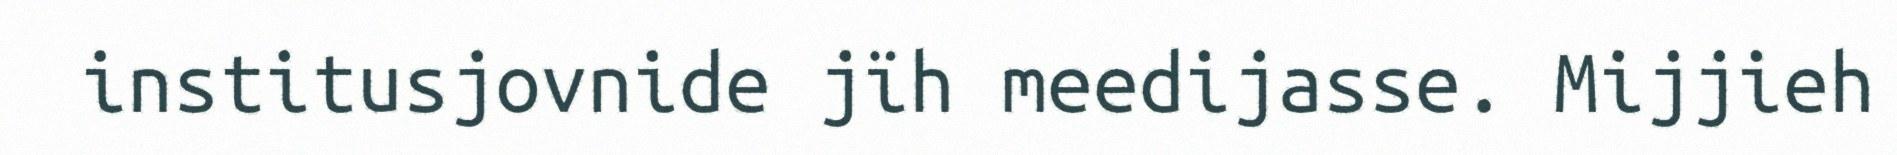
institusjovnide jïh meedijasse. Mijjieh